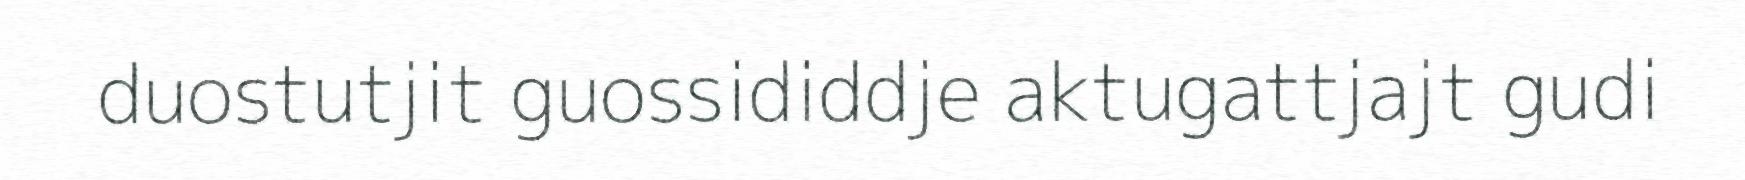
duostutjit guossididdje aktugattjajt gudi